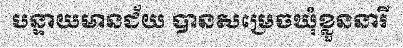
បន្ទាយមានជ័យ បានសម្រេចឃុំខ្លួននារី